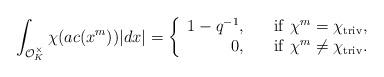
LaTeX: \begin{align*}\int_{\mathcal{O}_K^{\times}}{\chi(ac (x^m))|dx|}={\left\{\begin{array}{rl}1-q^{-1},\ \ \ &{\rm if}\ \chi^m=\chi_{{\rm triv}},\\0,\ \ \ &{\rm if}\ \chi^m\neq \chi_{{\rm triv}}.\end{array}\right.}\end{align*}